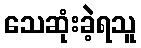
သေဆုံးခဲ့ရသူ